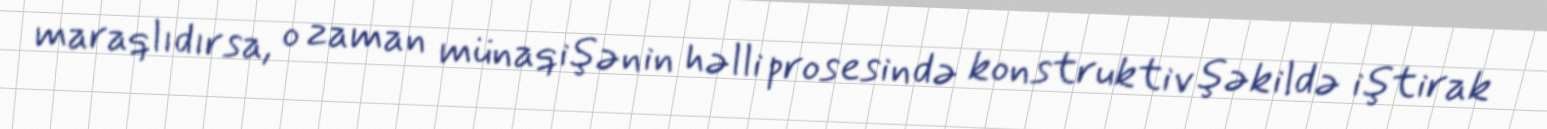
maraqlıdırsa, o zaman münaqişənin həlli prosesində konstruktiv şəkildə iştirak